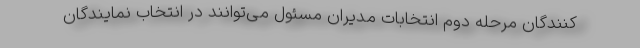
کنندگان مرحله دوم انتخابات مدیران مسئول می‌توانند در انتخاب نمایندگان